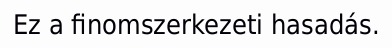
Ez a finomszerkezeti hasadás.